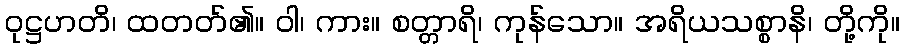
ဝုဋ္ဌဟတိ၊ ထတတ်၏။ ဝါ၊ ကား။ စတ္တာရိ၊ ကုန်သော။ အရိယသစ္စာနိ၊ တို့ကို။